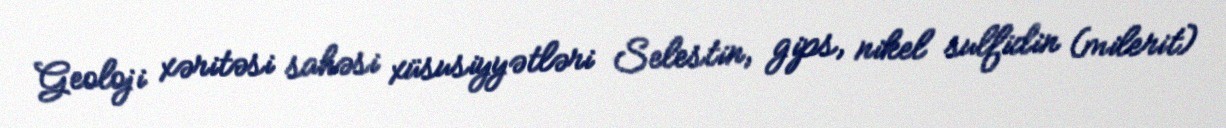
Geoloji xəritəsi sahəsi xüsusiyyətləri Selestin, gips, nikel sulfidin (milerit)